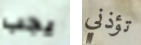
يجب تؤذني